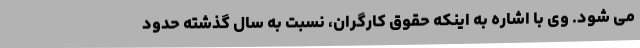
می شود. وی با اشاره به اینکه حقوق کارگران، نسبت به سال گذشته حدود